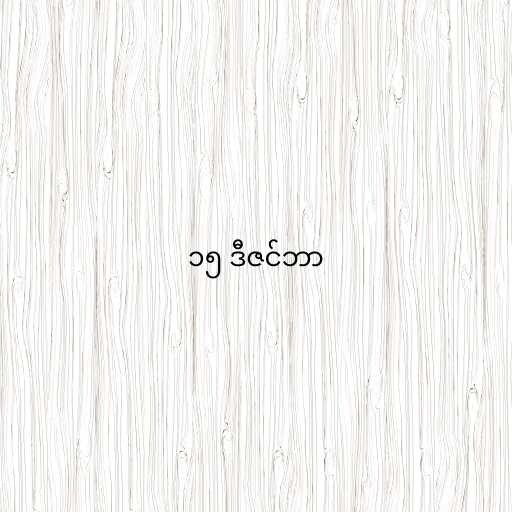
၁၅ ဒီဇင်ဘာ